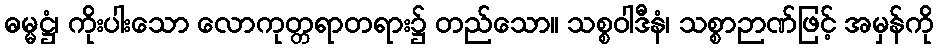
ဓမ္မဋ္ဌံ၊ ကိုးပါးသော လောကုတ္တရာတရား၌ တည်သော။ သစ္စဝါဒီနံ၊ သစ္စာဉာဏ်ဖြင့် အမှန်ကို